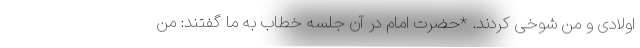
اولادی و من شوخی کردند. *حضرت امام در آن جلسه خطاب به ما گفتند: من